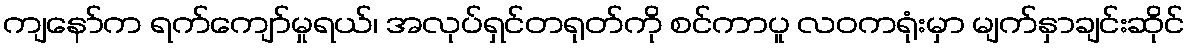
ကျနော်က ရက်ကျော်မှုရယ်၊ အလုပ်ရှင်တရုတ်ကို စင်ကာပူ လဝကရုံးမှာ မျက်နှာချင်းဆိုင်